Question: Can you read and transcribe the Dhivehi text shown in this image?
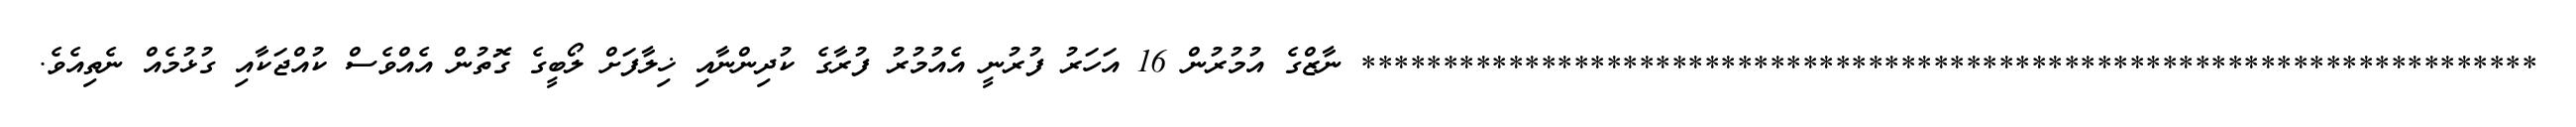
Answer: ************************************************************************ ނާޒްގެ އުމުރުން 16 އަހަރު ފުރުނީ އެއުމުރު ފުރާގެ ކުދިންނާއި ޚިލާފަށް ލޯބީގެ ގޮތުން އެއްވެސް ކުއްޖަކާއި ގުޅުމެއް ނެތިއެވެ.